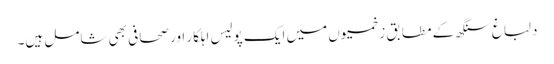
دلباغ سنگھ کے مطابق زخمیوں میں ایک پولیس اہلکار اور صحافی بھی شامل ہیں۔